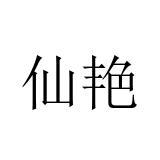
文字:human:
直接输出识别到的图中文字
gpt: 仙艳